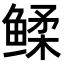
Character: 𬶧